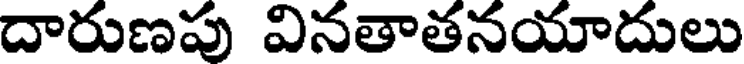
దారుణపు వినతాతనయాదులు